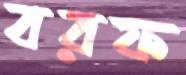
বরফ